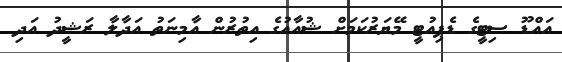
އައްޑޫ ސިޓީގެ ޑެޕިއުޓީ މޭޔަރުކަމަށް ޝުއާއުގެ އިތުރުން އާމިނަތު އަދާލާ ރަޝީދު އަދި